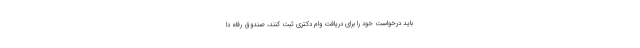
باید درخواست خود را برای دریافت وام دکتری ثبت کنند، صندوق رفاه دا